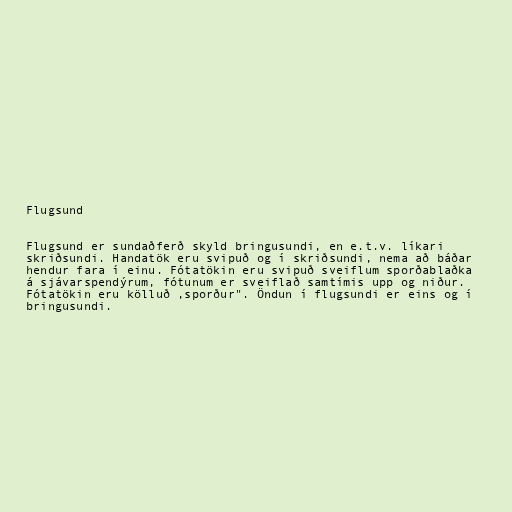
Flugsund

Flugsund er sundaðferð skyld bringusundi, en e.t.v. líkari
skriðsundi. Handatök eru svipuð og í skriðsundi, nema að báðar
hendur fara í einu. Fótatökin eru svipuð sveiflum sporðablaðka
á sjávarspendýrum, fótunum er sveiflað samtímis upp og niður.
Fótatökin eru kölluð ,sporður". Öndun í flugsundi er eins og í
bringusundi.